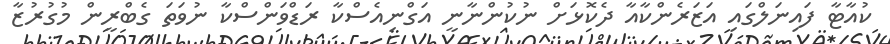
ކުއާޓާ ފައިނަލްގައި އަޒަރެންކާއާ ދެކޮޅަށް ނުކުންނާނީ އަގްނިއެސްކާ ރަޑްވަންސްކާ ނުވަތަ ގެބްރީން މުގުރުޒާ